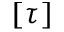
[ \tau ]